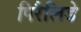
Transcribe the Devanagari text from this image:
पिरैलिडे